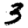
Digit: 3